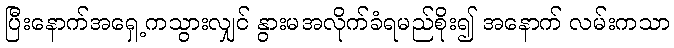
ပြီးနောက်အရှေ့ကသွားလျှင် နွားမအလိုက်ခံရမည်စိုး၍ အနောက် လမ်းကသာ